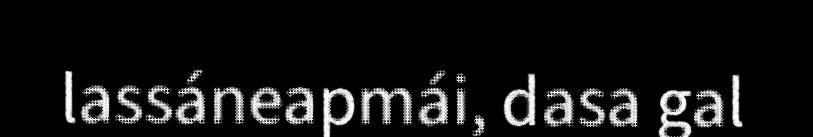
lassáneapmái, dasa gal